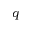
\boldsymbol { q }